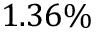
1 . 3 6 \%